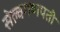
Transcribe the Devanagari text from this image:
सेल्वगणपती